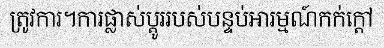
ត្រូវការ។ការផ្លាស់ប្តូររបស់បន្ទប់អារម្មណ៍កក់ក្តៅ